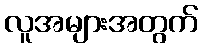
လူအများအတွက်